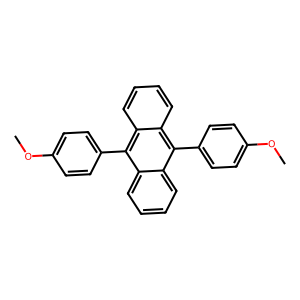
SMILES: COc1ccc(-c2c3ccccc3c(-c3ccc(OC)cc3)c3ccccc23)cc1
Inhibits HIV replication: No